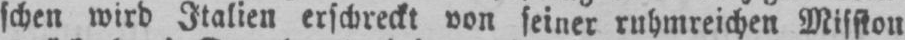
schen wird Italien erschreckt von seiner ruhmreichen Mission